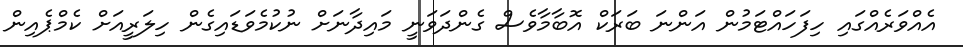
އެއްވަރެއްގައި ހިފަހައްޓަމުން އަންނަ ބަރަކް އޮބާމާވެސް ގެންދަވަނީ މައިދާނަށް ނުކުމެވަޑައިގެން ހިލަރީއަށް ކެމްޕެއިން